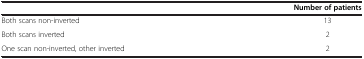
<table><thead><tr><td></td><td><b>Number of patients</b></td></tr></thead><tbody><tr><td>Both scans non-inverted</td><td>13</td></tr><tr><td>Both scans inverted</td><td>2</td></tr><tr><td>One scan non-inverted, other inverted</td><td>2</td></tr></tbody></table>